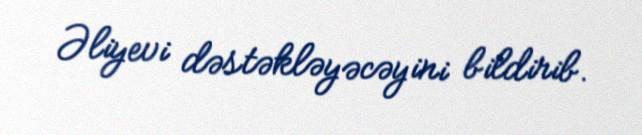
Əliyevi dəstəkləyəcəyini bildirib.